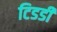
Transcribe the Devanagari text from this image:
टिडडी